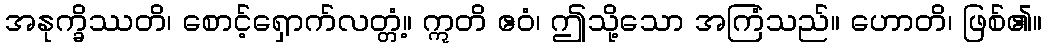
အနုက္ခိဿတိ၊ စောင့်ရှောက်လတ္တံ့။ ဣတိ ဧဝံ၊ ဤသို့သော အကြံသည်။ ဟောတိ၊ ဖြစ်၏။